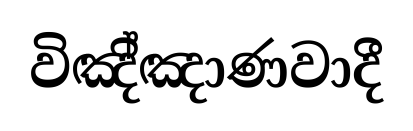
විඤි්ඤාණවාදී